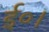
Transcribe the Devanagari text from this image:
ई०।